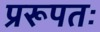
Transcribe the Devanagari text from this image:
प्ररूपतः